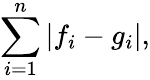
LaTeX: \sum_{i=1}^{n}|f_{i}-g_{i}|,